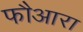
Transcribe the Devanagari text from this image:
फौआरा